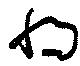
将